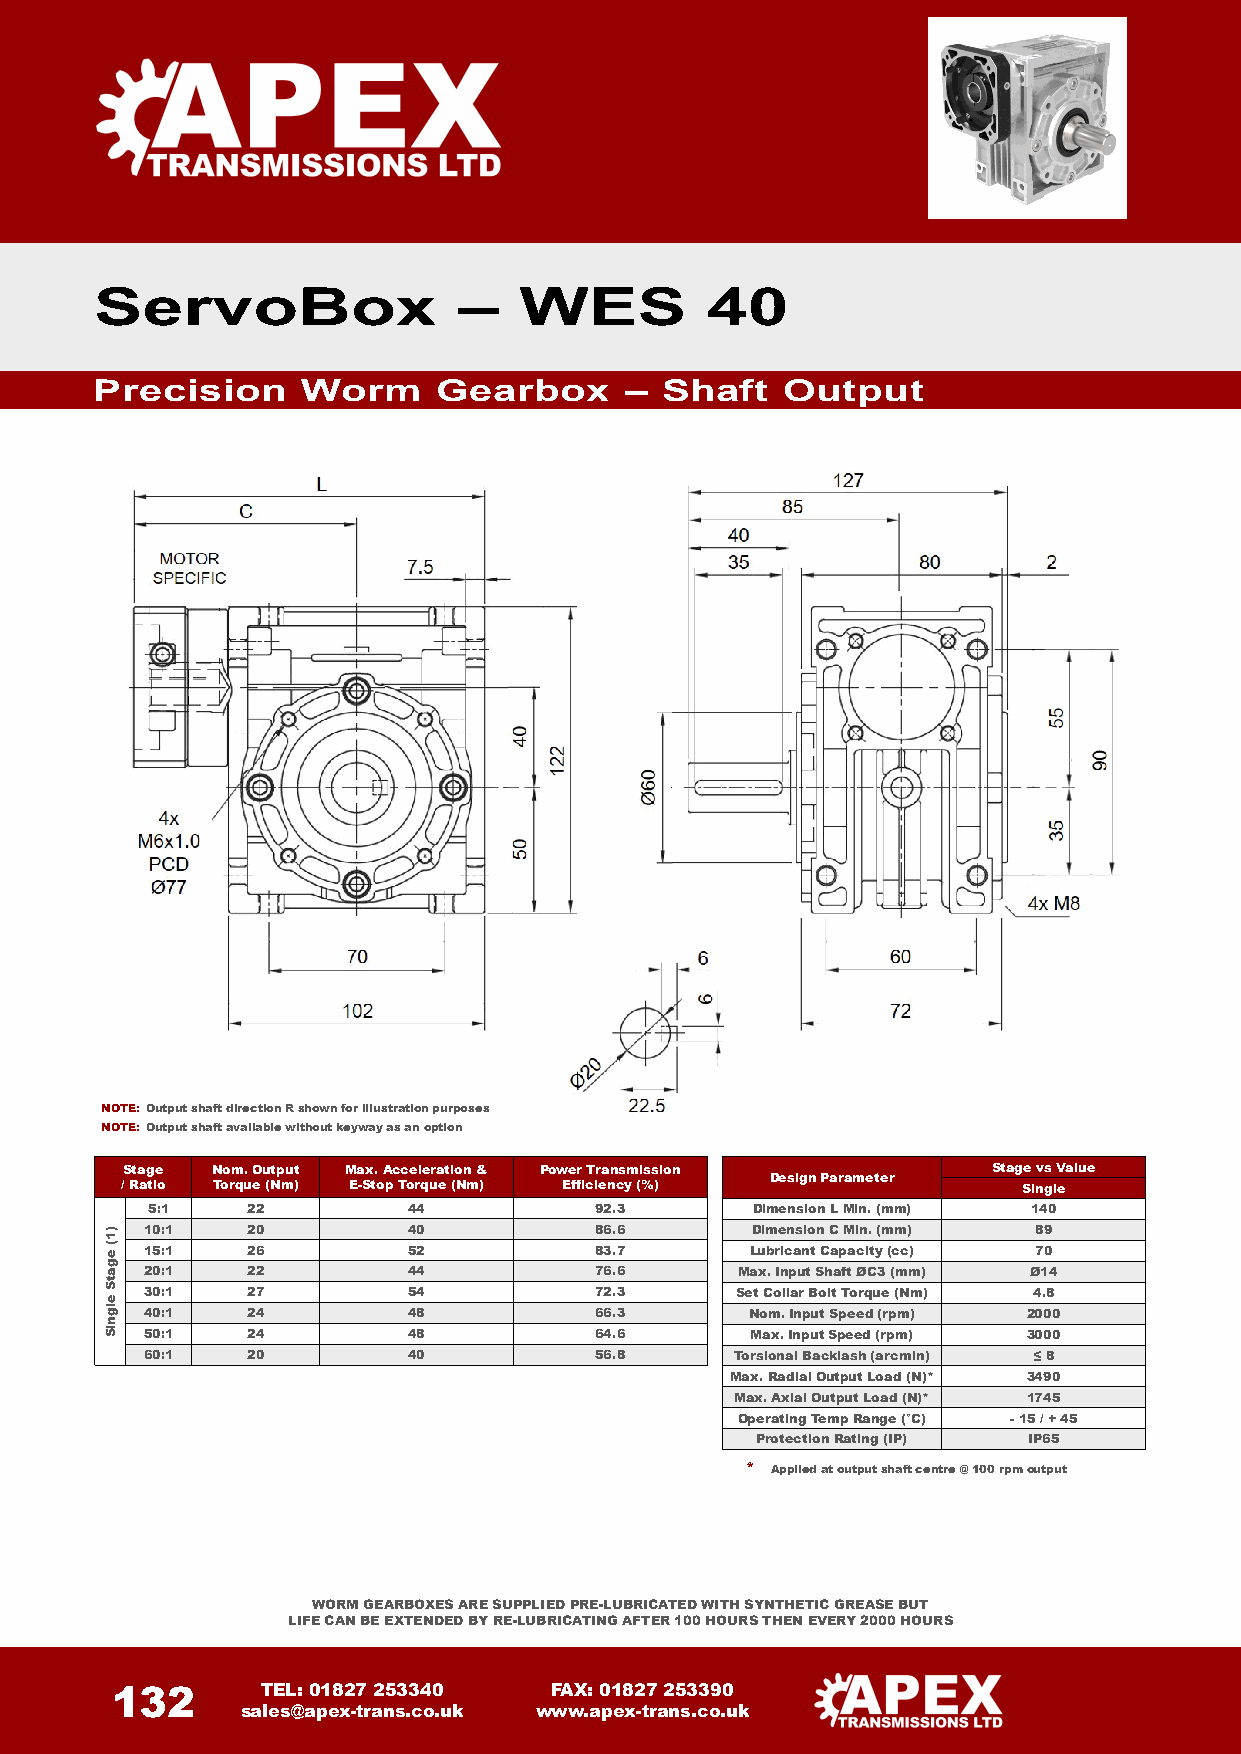
ServoBox                –   WES          40
 Precision     Worm     Gearbox     –  Shaft   Output
 NOTE: Output shaft direction R shown for illustration purposes
 NOTE: Output shaft available without keyway as an option
 Stage Nom.Output Max.Acceleration & Power Transmission    Stage vs Value
 Design Parameter
 / Ratio Torque (Nm) E-Stop Torque (Nm) Efficiency (%)       Single
 5:1   22         44          92.3       Dimension LMin. (mm) 140
 10:1  20         40          86.6       Dimension C Min. (mm) 89
 15:1  26         52          83.7       Lubricant Capacity(cc) 70
 20:1  22         44          76.6      Max. Input Shaft ØC3 (mm) Ø14
 30:1  27         54          72.3      Set Collar Bolt Torque (Nm) 4.8
 40:1  24         48          66.3       Nom. Input Speed(rpm) 2000
 50:1  24         48          64.6       Max.InputSpeed (rpm) 3000
 60:1  20         40          56.8      Torsional Backlash (arcmin) ≤ 8
 Max.Radial Output Load (N)* 3490
 Max. Axial Output Load (N)* 1745
 OperatingTempRange (°C) -15 /+ 45
 ProtectionRating (IP) IP65
 * Applied at output shaft centre @ 100 rpm output
 WORM GEARBOXES ARE SUPPLIED PRE-LUBRICATED WITH SYNTHETIC GREASE BUT
 LIFE CAN BE EXTENDED BY RE-LUBRICATING AFTER 100 HOURS THEN EVERY 2000 HOURS
 132       TEL: 01827 253340  FAX: 01827 253390
 sales@apex-trans.co.uk www.apex-trans.co.uk
 )1(
 egatS
 elgniS